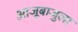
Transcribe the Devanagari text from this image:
आजूबाजुला